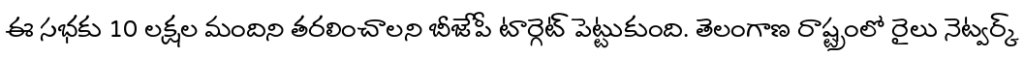
ఈ సభకు 10 లక్షల మందిని తరలించాలని బీజేపీ టార్గెట్ పెట్టుకుంది. తెలంగాణ రాష్ట్రంలో రైలు నెట్వర్క్